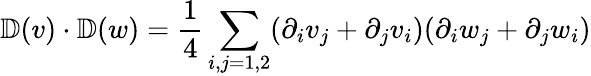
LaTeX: \mathbb{D}(v)\cdot\mathbb{D}(w)=\frac{1}{4}\sum_{i,j=1,2}(\partial_{i}v_{j}+\partial_{j}v_{i})(\partial_{i}w_{j}+\partial_{j}w_{i})